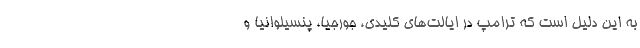
به این دلیل است که ترامپ در ایالت‌های کلیدی، جورجیا، پنسیلوانیا و